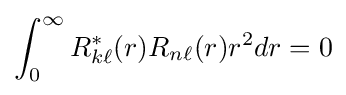
\int _{0}^{\infty }R_{k\ell }^{\ast }(r)R_{n\ell }(r)r^{2}dr=0